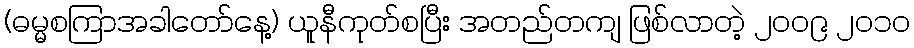
(ဓမ္မစကြာအခါတော်နေ့) ယူနီကုတ်စပြီး အတည်တကျ ဖြစ်လာတဲ့ ၂၀၀၉ ၂၀၁၀